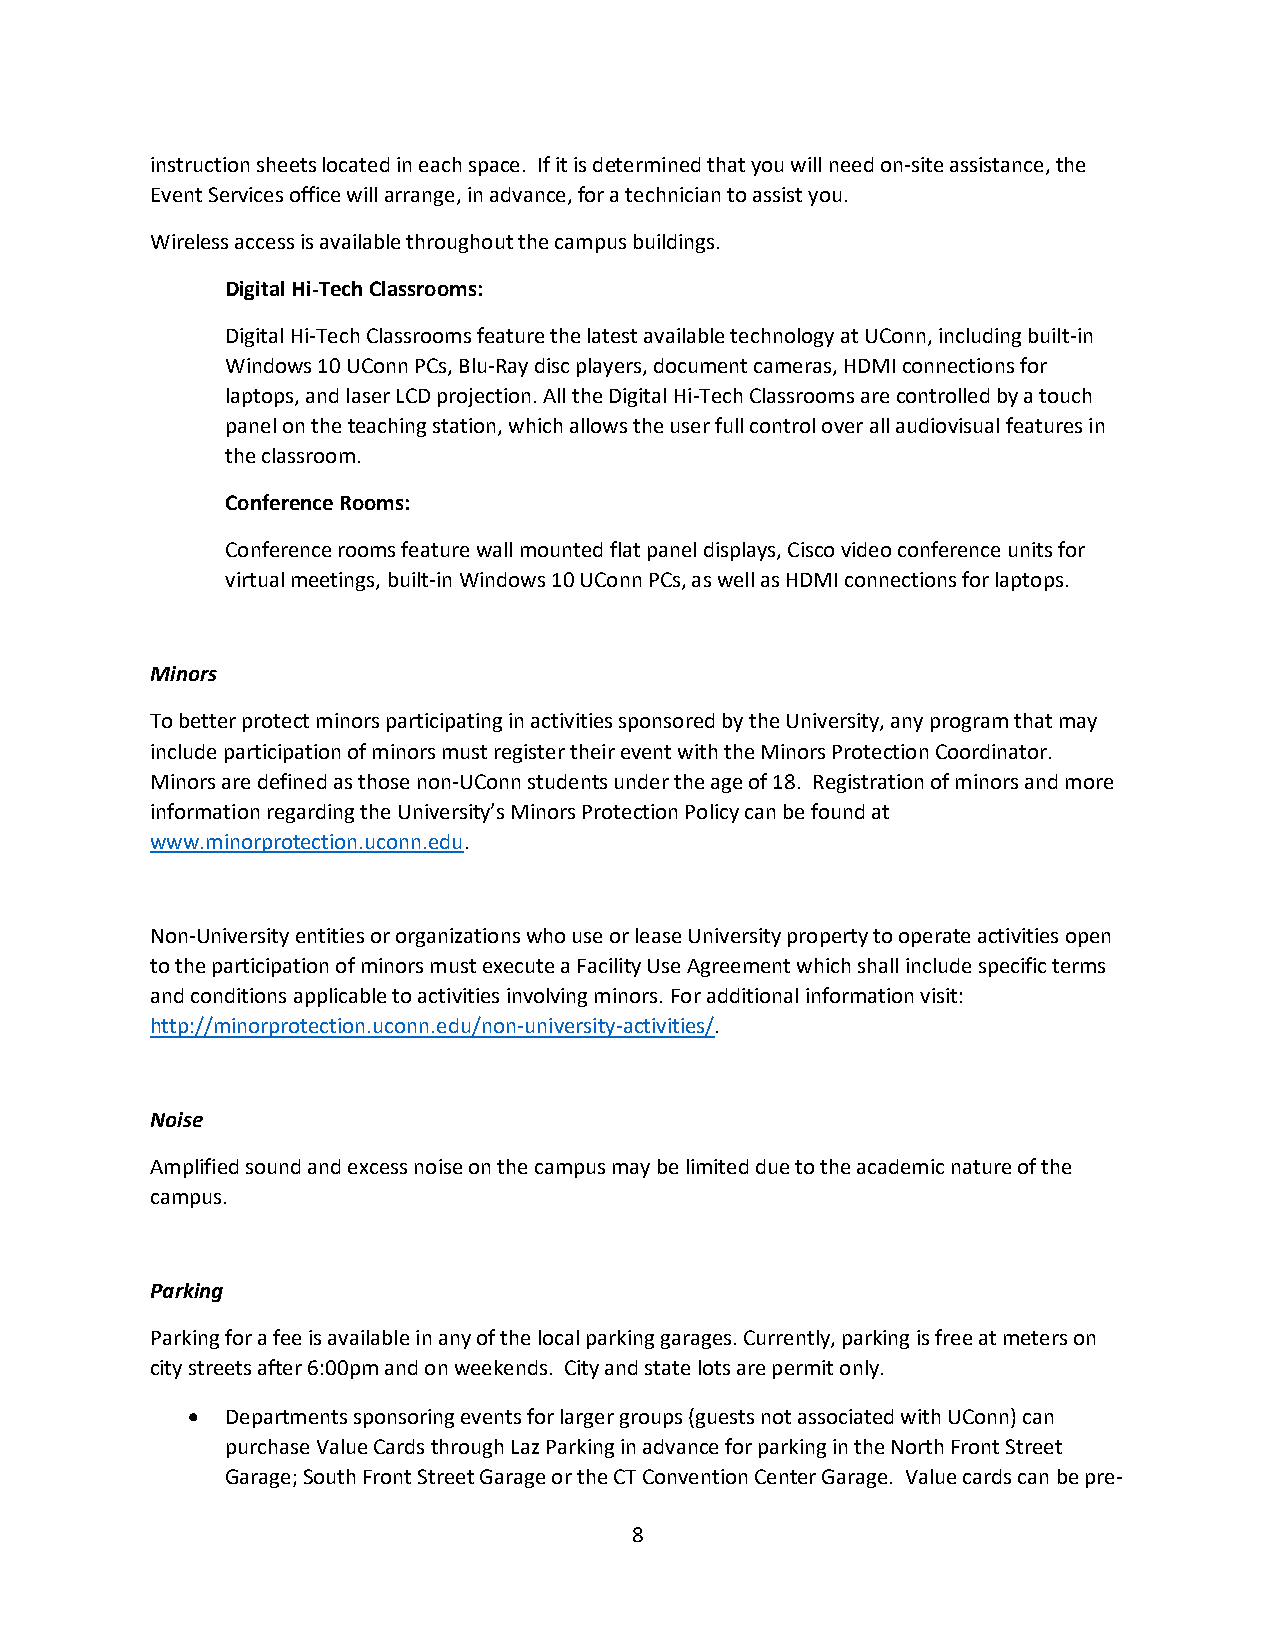
instruction sheets located in each space. If it is determined that you will need on-site assistance, the
 Event Services office will arrange, in advance, for a technician to assist you.
 Wireless access is available throughout the campus buildings.
 Digital Hi-Tech Classrooms:
 Digital Hi-Tech Classrooms feature the latest available technology at UConn, including built-in
 Windows 10 UConn PCs, Blu-Ray disc players, document cameras, HDMI connections for
 laptops, and laser LCD projection. All the Digital Hi-Tech Classrooms are controlled by a touch
 panel on the teaching station, which allows the user full control over all audiovisual features in
 the classroom.
 Conference Rooms:
 Conference rooms feature wall mounted flat panel displays, Cisco video conference units for
 virtual meetings, built-in Windows 10 UConn PCs, as well as HDMI connections for laptops.
 Minors
 To better protect minors participating in activities sponsored by the University, any program that may
 include participation of minors must register their event with the Minors Protection Coordinator.
 Minors are defined as those non-UConn students under the age of 18. Registration of minors and more
 information regarding the University’s Minors Protection Policy can be found at
 www.minorprotection.uconn.edu.
 Non-University entities or organizations who use or lease University property to operate activities open
 to the participation of minors must execute a Facility Use Agreement which shall include specific terms
 and conditions applicable to activities involving minors. For additional information visit:
 http://minorprotection.uconn.edu/non-university-activities/.
 Noise
 Amplified sound and excess noise on the campus may be limited due to the academic nature of the
 campus.
 Parking
 Parking for a fee is available in any of the local parking garages. Currently, parking is free at meters on
 city streets after 6:00pm and on weekends. City and state lots are permit only.
   Departments sponsoring events for larger groups (guests not associated with UConn) can
 purchase Value Cards through Laz Parking in advance for parking in the North Front Street
 Garage; South Front Street Garage or the CT Convention Center Garage. Value cards can be pre-
 8